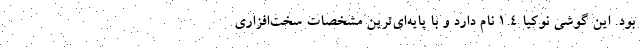
بود. این گوشی نوکیا ۱.۴ نام دارد و با پایه‌ای‌ترین مشخصات سخت‌افزاری